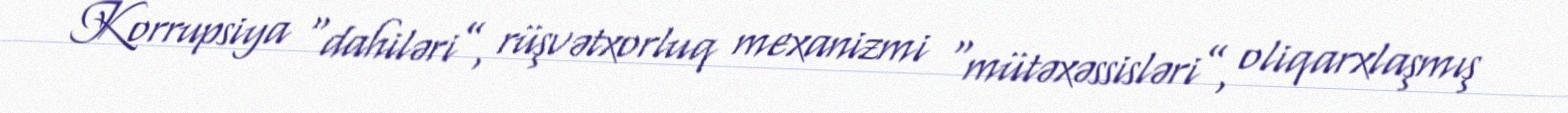
Korrupsiya “dahiləri”, rüşvətxorluq mexanizmi “mütəxəssisləri”, oliqarxlaşmış